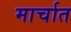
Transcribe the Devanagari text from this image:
मार्चात